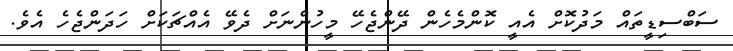
ސަބްސިޑީތައް މަދުކޮށް އެއީ ކޮންމެހެން ދޭންޖެހޭ މީހުންނަށް ދެވޭ އެއްޗަކަށް ހަދަންޖެހެ އެވެ.